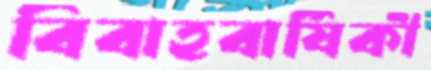
বিবাহবার্ষিকী